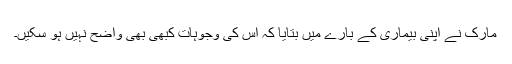
مارک نے اپنی بیماری کے بارے میں بتایا کہ اس کی وجوہات کبھی بھی واضح نہیں ہو سکیں۔